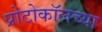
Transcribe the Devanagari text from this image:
प्रोटोकॉलच्या